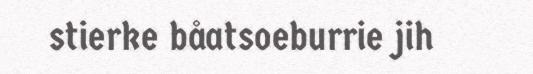
stierke båatsoeburrie jih